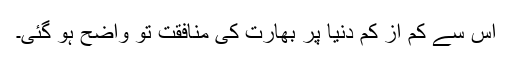
اس سے کم از کم دنیا پر بھارت کی منافقت تو واضح ہو گئی۔